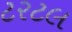
ટરટલ